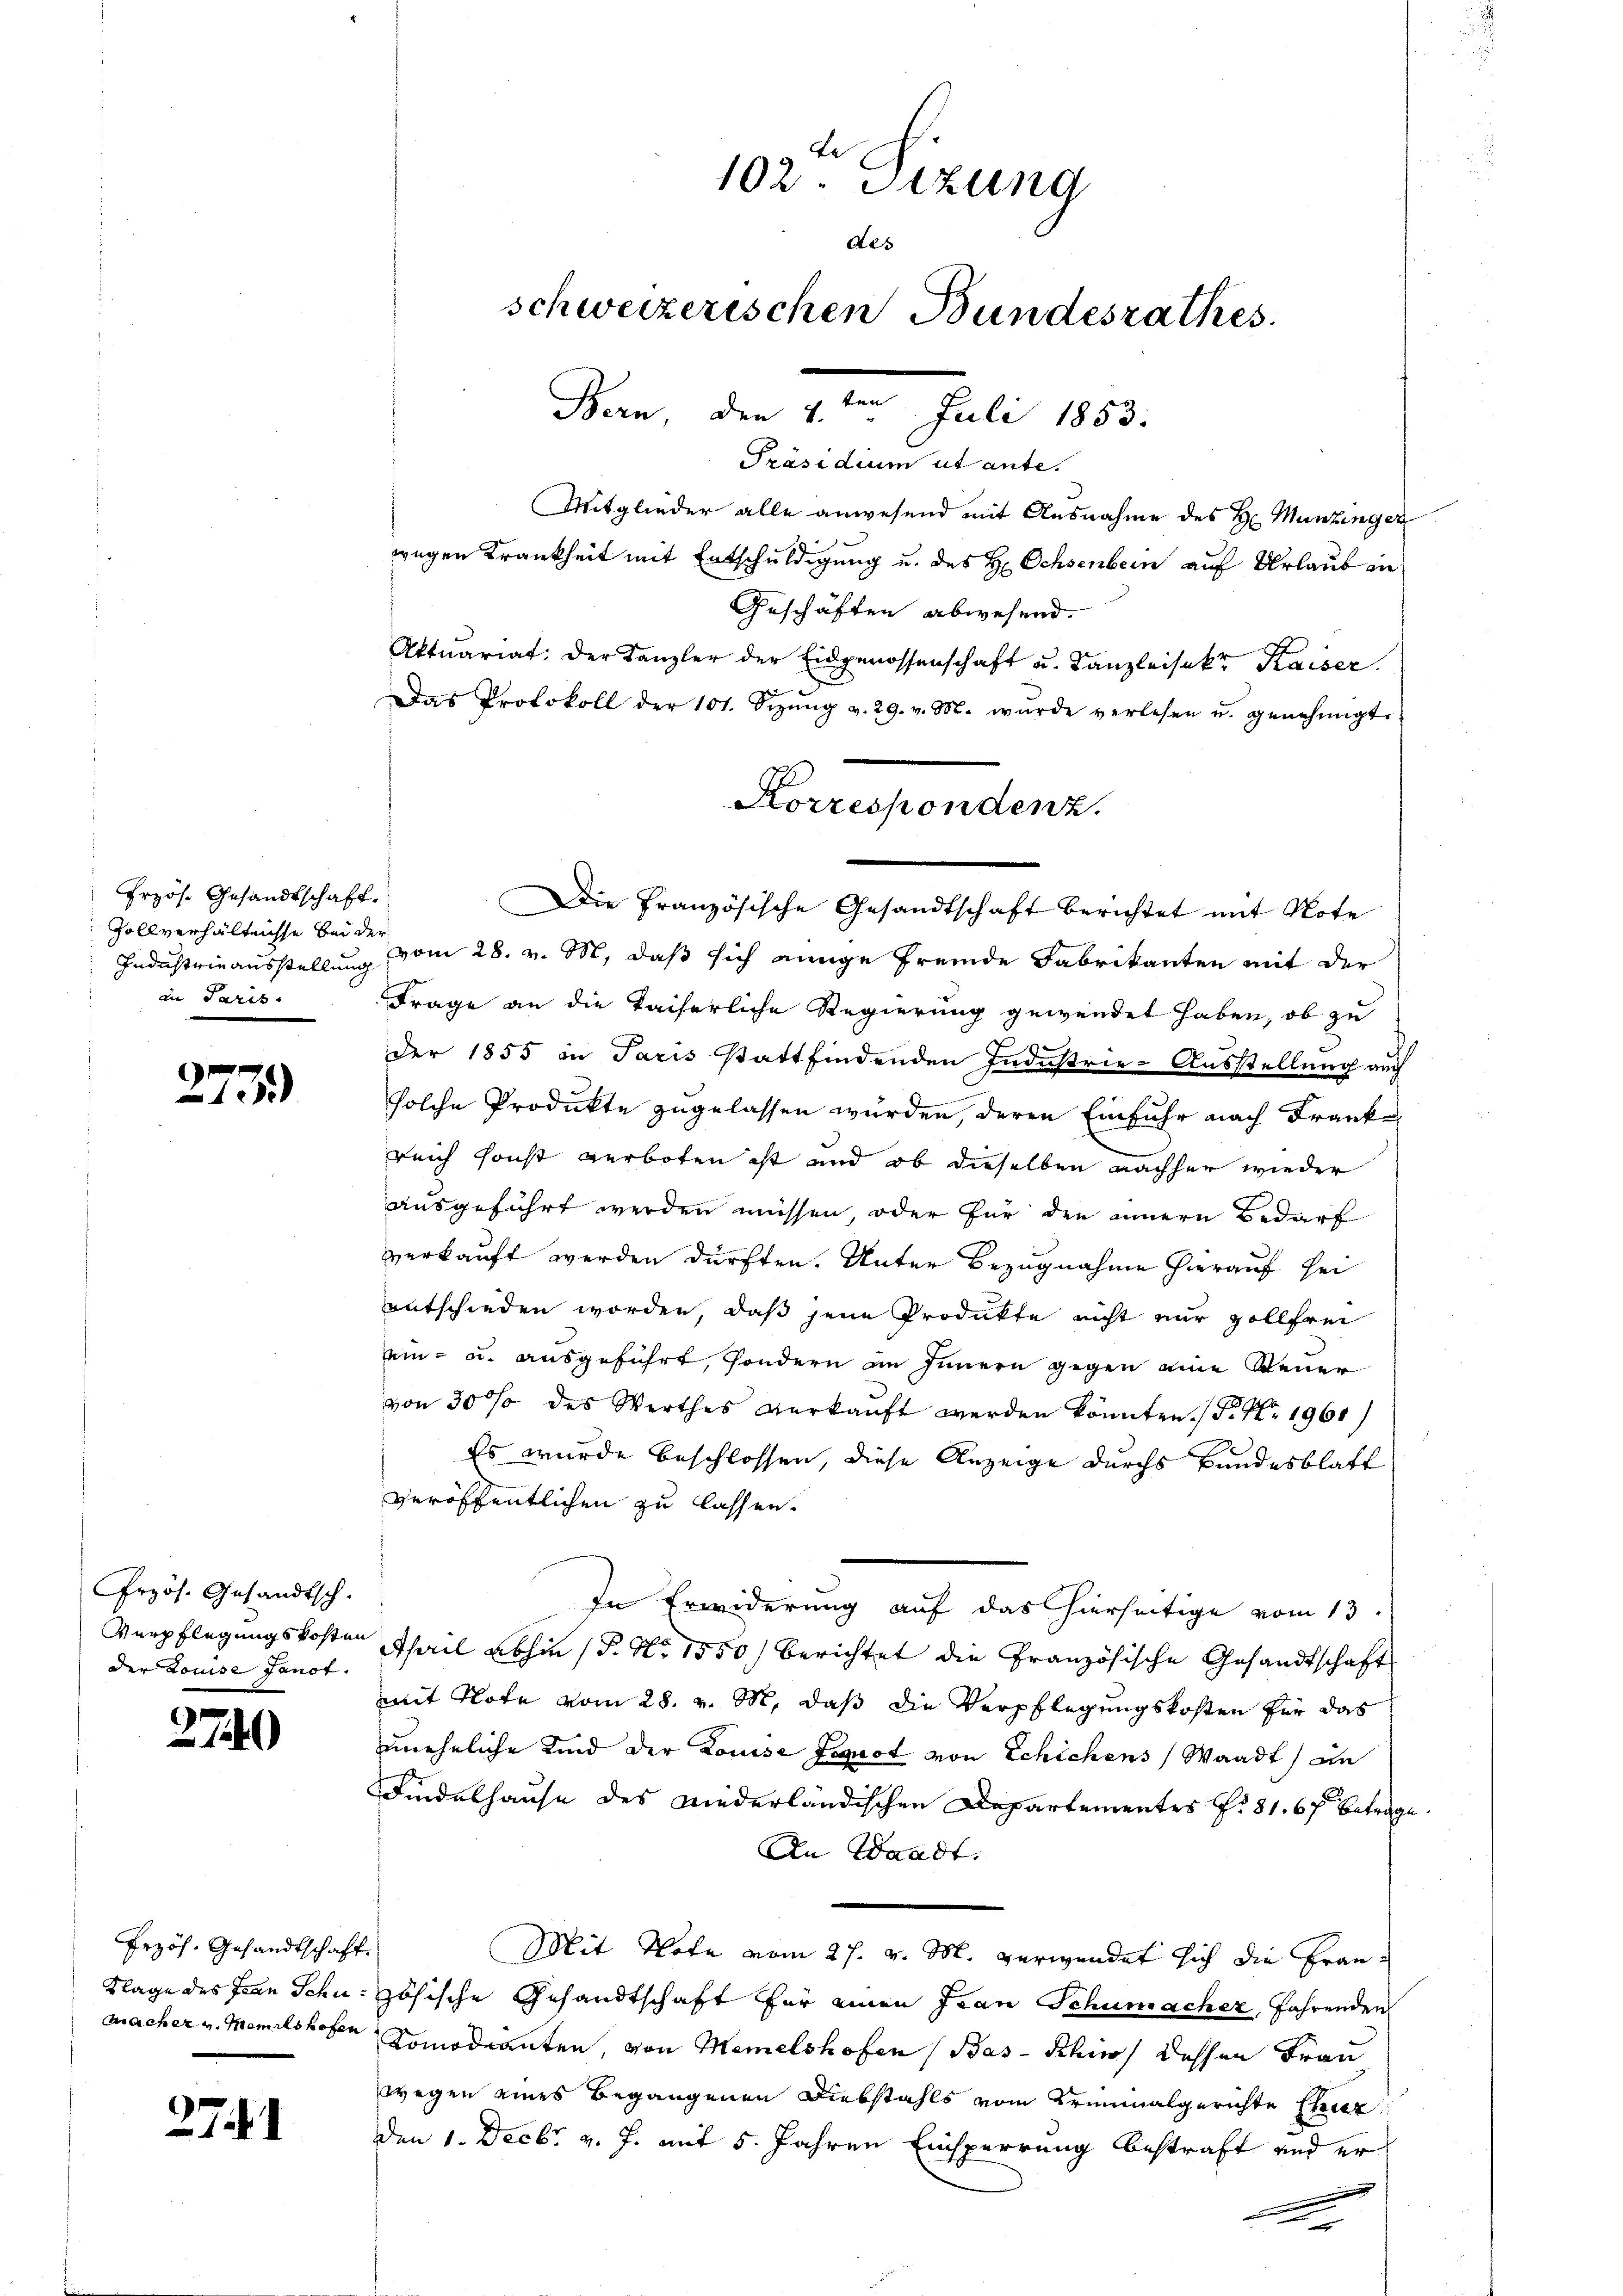
Przös. Gesandtschaft.
Industrieausstellung
di Paris

)
13)

Przös. Gesandtsch.
Verpflegungskosten
der Louise Panot.

2740

Przös. Gesandtschaft.
Klage des Frau Schumacher v. Memilshofen

271

te
102. Sizung
des
schweizerischen Bundesrathes
Bern, den 4. ten Juli 1853.

Präsidium ut ante.
Mitglieder alle anwesend mit Ausnahme des H. Munzinger
wegen Krankheit mit Entschuldigung u. des H: Ochsenbern auf Urlaub in
Geschäften abwesend.
Aktuariat: der Kanzler der Eidgenossenschaft u. Kanzleisekt Kaiser.
d
Das Protokoll der 101. Sizŭng v. 29. v. M. wurde verlesen u. genehmigt.
Zollverhältnisse bei vom 28. v. M., daß sich einige fremde Fabrikanten mit der
Frage an die kaiserliche Regierung gewendet haben, ob zu
9
Der 1855 in Paris stattfindenden Industrie-Ausstellung auch
solche Produkte zugelassen würden, deren Einfuhr nach Franke
reich sonst verboten ist und ob dieselben nachher wieder
ausgeführt werden müssen, oder für den innern Bedarf
verkauft werden dürften. Unter Bezugnahme hierauf sei
entschieden worden, daß jene Produkte nicht nur vollfrei
ei- u. ausgeführt, sondern im Innern gegen eine Steuer
von 30% des Werthes verkaŭft werden könnten. P. Nr. 1960)
Es wurde beschlossen, diese Anzeige durchs Bundesblatt
veröffentlichen zu lassen.
In Erwiderung auf das hierseitige vom 13.
April abhin (P. Nr. 1550) berichtet die Französische Gesandtschaft
mit Note vom 28. v. M. daß die Verpflegungskosten für das
uneheliche Kind der Louise Leguot von Schichens (Waadt) an
Findelhause des niederländischen Departementes P. 81. 67 betrage
An Waadt.
Mit Note vom 27. v. M. verwendet sich die Französische Gesandtschaft für einen Frau Schumacher, fahrenden
Komodianten, von Memelshofen (Bas- Schin dessen Frau
wegen eines Begangenen Diebstahls vom Kriminalgerichte Char
Den 1. Decbr v. J. mit 5. Jahren Einsperrung bestraft und er
A

Korrespondenz.
Die Französische Gesandtschaft berichtet mit Note